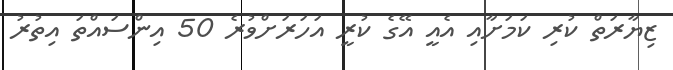
ޒިޔާރަތް ކުރި ކަމަށާއި އެއީ އޭގެ ކުރީ އަހަރަށްވުރެ 50 އިންސައްތަ އިތުރު